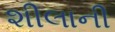
શીલાની